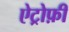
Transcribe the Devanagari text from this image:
ऐट्रोफ़ी